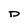
Character: D